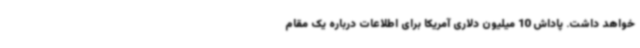
خواهد داشت. پاداش 10 میلیون دلاری آمریکا برای اطلاعات درباره یک مقام